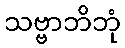
သဗ္ဗာဘိဘုံ